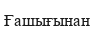
Ғашығынан